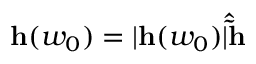
{ \bf h } ( w _ { 0 } ) = | { \bf h } ( w _ { 0 } ) | { \bf \hat { \tilde { h } } }